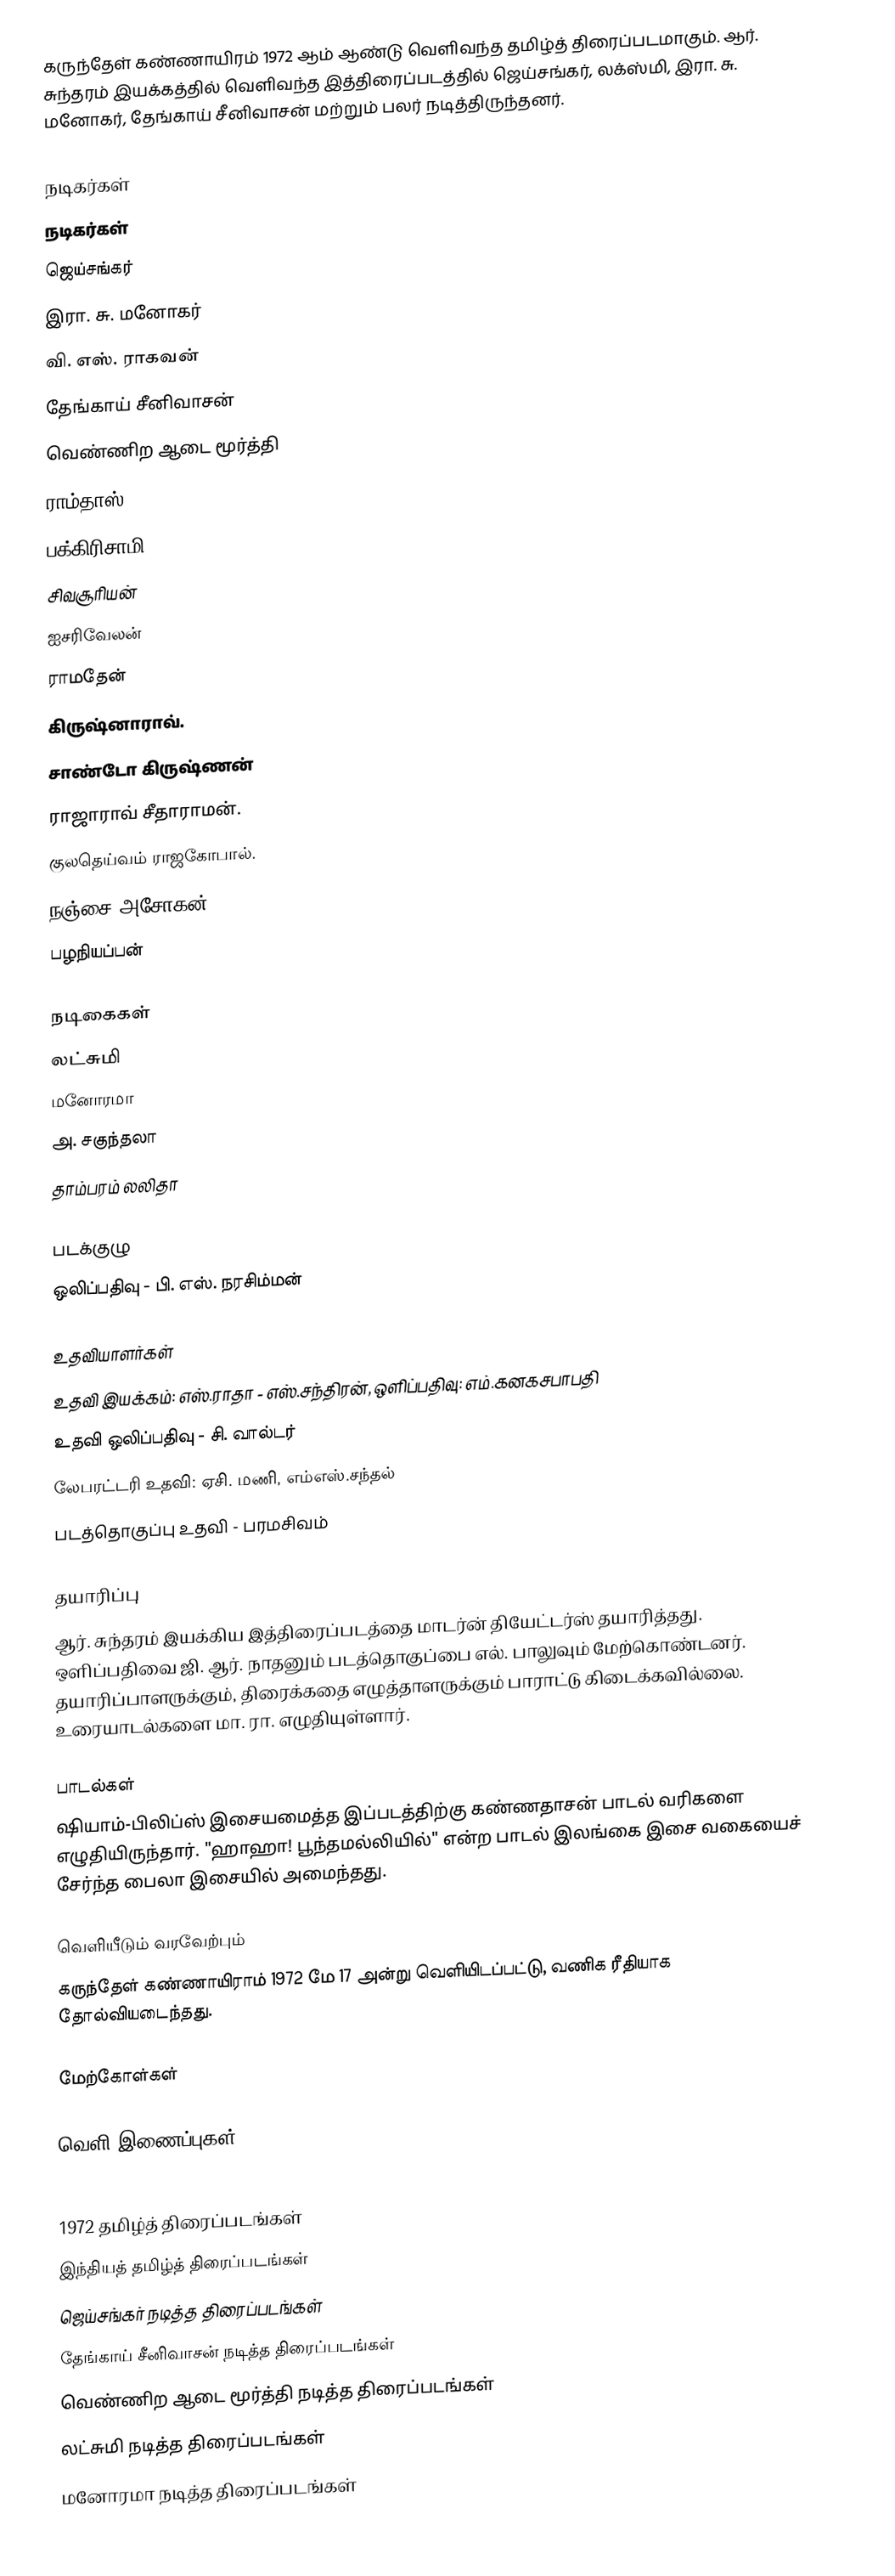
கருந்தேள் கண்ணாயிரம் 1972 ஆம் ஆண்டு வெளிவந்த தமிழ்த் திரைப்படமாகும். ஆர். சுந்தரம் இயக்கத்தில் வெளிவந்த இத்திரைப்படத்தில் ஜெய்சங்கர், லக்ஸ்மி, இரா. சு. மனோகர், தேங்காய் சீனிவாசன் மற்றும் பலர் நடித்திருந்தனர்.

நடிகர்கள்
நடிகர்கள்
 ஜெய்சங்கர்
 இரா. சு. மனோகர்
 வி. எஸ். ராகவன்
 தேங்காய் சீனிவாசன்
 வெண்ணிற ஆடை மூர்த்தி
 ராம்தாஸ்
 பக்கிரிசாமி
 சிவசூரியன்
 ஐசரிவேலன்
 ராமதேன்
 கிருஷ்னாராவ்.
 சாண்டோ கிருஷ்ணன்
 ராஜாராவ் சீதாராமன்.
 குலதெய்வம் ராஜகோபால்.
 நஞ்சை அசோகன்.
 பழநியப்பன்

 நடிகைகள்
 லட்சுமி
 மனோரமா
அ. சகுந்தலா
 தாம்பரம் லலிதா

படக்குழு
 ஒலிப்பதிவு - பி. எஸ். நரசிம்மன்

உதவியாளர்கள்
 உதவி இயக்கம்: எஸ்.ராதா - எஸ்.சந்திரன், ஒளிப்பதிவு: எம்.கனகசபாபதி
 உதவி ஒலிப்பதிவு - சி. வால்டர்
 லேபரட்டரி உதவி: ஏசி. மணி, எம்எஸ்.சந்தல்
 படத்தொகுப்பு உதவி - பரமசிவம்

தயாரிப்பு
ஆர். சுந்தரம் இயக்கிய இத்திரைப்படத்தை மாடர்ன் தியேட்டர்ஸ் தயாரித்தது. ஒளிப்பதிவை ஜி. ஆர். நாதனும் படத்தொகுப்பை எல். பாலுவும் மேற்கொண்டனர். தயாரிப்பாளருக்கும், திரைக்கதை எழுத்தாளருக்கும் பாராட்டு கிடைக்கவில்லை. உரையாடல்களை மா. ரா. எழுதியுள்ளார்.

பாடல்கள்
ஷியாம்-பிலிப்ஸ் இசையமைத்த இப்படத்திற்கு கண்ணதாசன் பாடல் வரிகளை எழுதியிருந்தார். "ஹாஹா! பூந்தமல்லியில்" என்ற பாடல் இலங்கை இசை வகையைச் சேர்ந்த பைலா இசையில் அமைந்தது.

வெளியீடும் வரவேற்பும்
கருந்தேள் கண்ணாயிராம் 1972 மே 17 அன்று வெளியிடப்பட்டு, வணிக ரீதியாக தோல்வியடைந்தது.

மேற்கோள்கள்

வெளி இணைப்புகள்

1972 தமிழ்த் திரைப்படங்கள்
இந்தியத் தமிழ்த் திரைப்படங்கள்
ஜெய்சங்கர் நடித்த திரைப்படங்கள்
தேங்காய் சீனிவாசன் நடித்த திரைப்படங்கள்
வெண்ணிற ஆடை மூர்த்தி நடித்த திரைப்படங்கள்
லட்சுமி நடித்த திரைப்படங்கள்
மனோரமா நடித்த திரைப்படங்கள்